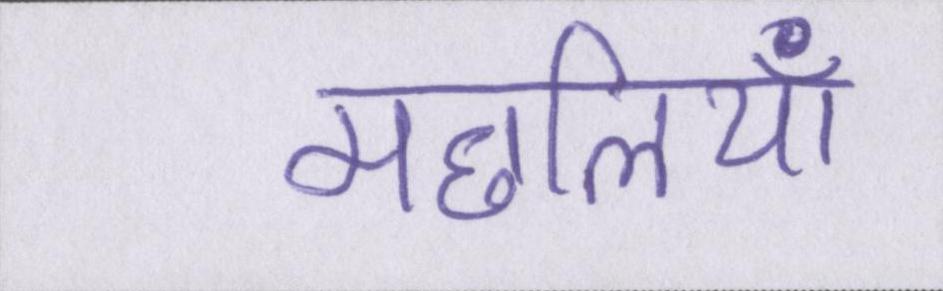
मछलियाँ